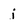
Character: i